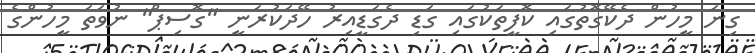
ގިނަ މީހުން ދެކޭގޮތުގައި ކޮފީތަކުގައި ގަޑި ދެގަޑީއިރު ހޭދަކުރަނީ "ގޮސިޕް" ނުވަތަ މީހުންގެ